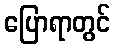
ပြောရာတွင်